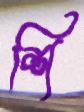
শি